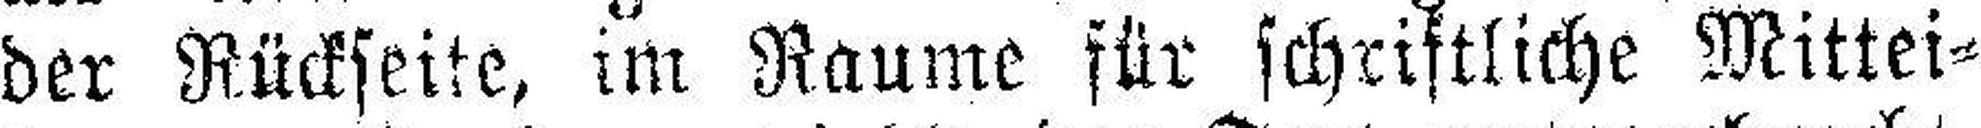
der Rückseite, im Raume für schriftliche Mittei¬